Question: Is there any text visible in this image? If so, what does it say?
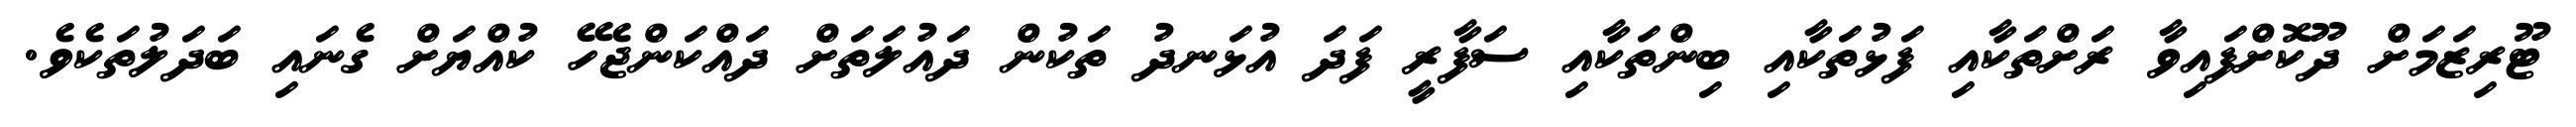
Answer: ޓޫރިޒަމަށް ދޫކޮށްފައިވާ ރަށްތަކާއި ފަޅުތަކާއި ބިންތަކާއި ސަފާރީ ފަދަ އުޅަނދު ތަކުން ދައުލަތަށް ދައްކަންޖެހޭ ކުއްޔަށް ގެނައި ބަދަލުތަކެވެ.